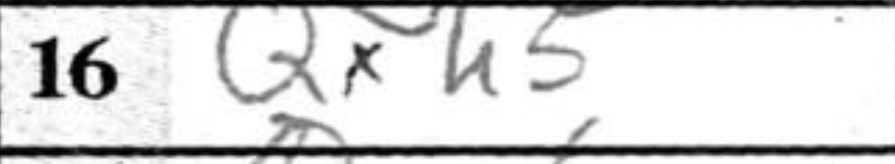
Transcription: Qxh5